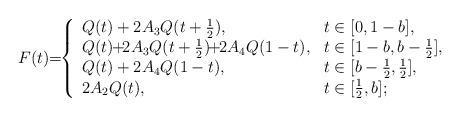
LaTeX: \begin{align*}F(t)\!\!=\!\!\left\{\begin{array}{ll} Q(t)+2A_3Q(t+\frac{1}{2}),& t\in[0,1-b],\\Q(t)\!\!+\!\!2A_3Q(t+\frac{1}{2})\!\!+\!\!2A_4Q(1-t),&t\in[1-b,b-\frac{1}{2}],\\Q(t)+2A_4Q(1-t),& t\in[b-\frac{1}{2},\frac{1}{2}],\\2A_2Q(t),& t\in [\frac{1}{2},b];\end{array}\right.\end{align*}